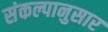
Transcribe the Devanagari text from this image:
संकल्पानुसार